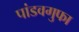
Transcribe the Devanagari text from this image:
पांडवगुफा